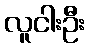
လူငါးဦး